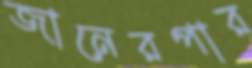
জানেরপার